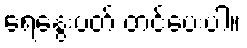
ရေနွေးပတ် တင်ပေးပါ။